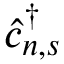
\hat { c } _ { n , s } ^ { \dagger }